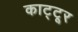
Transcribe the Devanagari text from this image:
काट्टूर